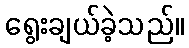
ရွေးချယ်ခဲ့သည်။